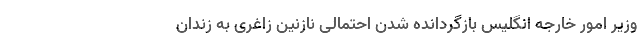
وزیر امور خارجه انگلیس بازگردانده شدن احتمالی نازنین زاغری به زندان